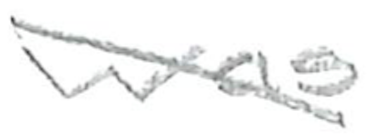
Text: was
Cross-out: diagonal
Writing tool: pencil